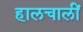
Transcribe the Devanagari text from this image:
हालचालीं